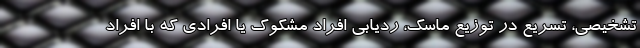
تشخیصی، تسریع در توزیع ماسک، ردیابی افراد مشکوک یا افرادی که با افراد